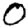
Digit: 0